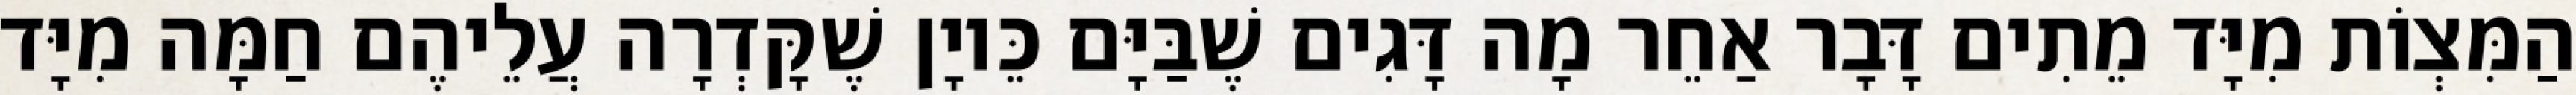
הַמִּצְוֹת מִיָּד מֵתִים דָּבָר אַחֵר מָה דָּגִים שֶׁבַּיָּם כֵּיוָן שֶׁקָּדְרָה עֲלֵיהֶם חַמָּה מִיָּד